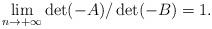
LaTeX: \begin{align*}&\lim_{n\to+\infty}\det ( -A)/\det ( -B)=1.\end{align*}